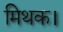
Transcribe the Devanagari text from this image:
मिथक।